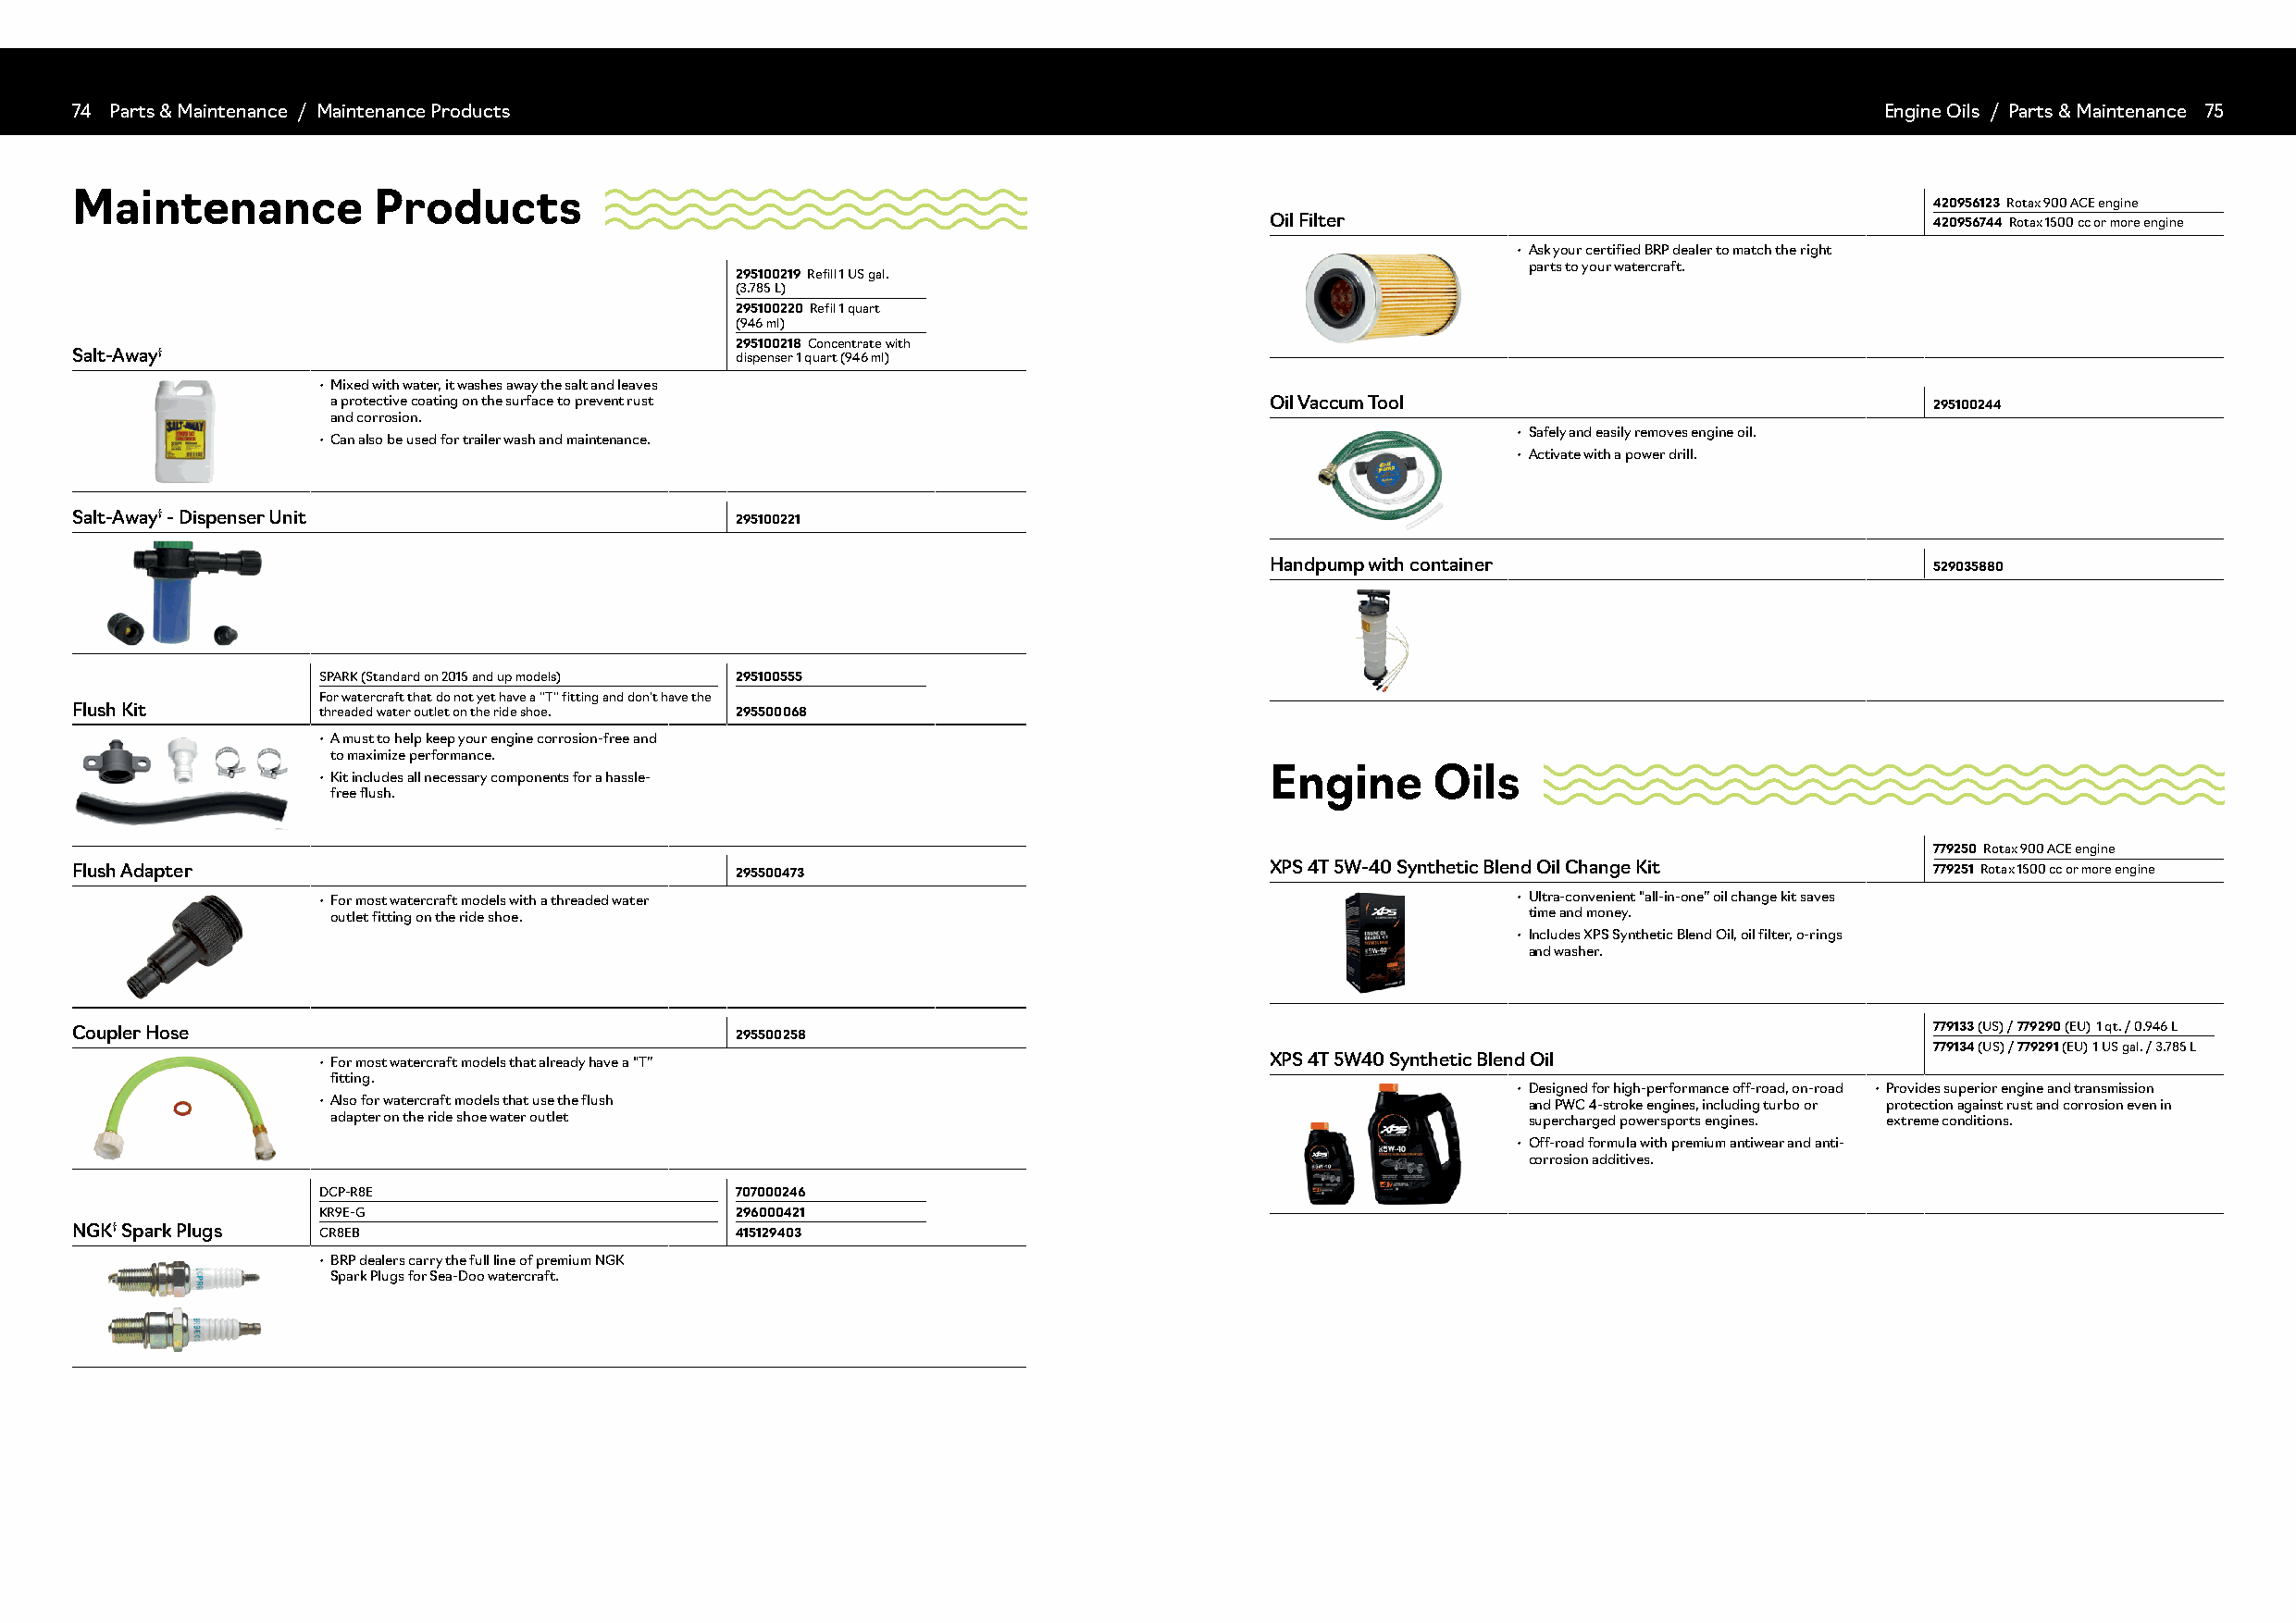
7744 PPaarrttss && MMaaiinntteennaannccee // CMaatiengteonraynce Products                                                         EnCgainteeg Ooirlys // PPaarrttss && MMaaiinntteennaannccee 7755
 Maintenance           Products
 420956123 Rotax 900 ACE engine
 Oil Filter                                     420956744 Rotax 1500 cc or more engine
 • Ask your certified BRP dealer to match the right
 parts to your watercraft.
 295100219 Refill 1 US gal.
 (3.785 L)
 295100220 Refil 1 quart
 (946 ml)
 295100218 Concentrate with
 Salt-Away†                                      dispenser 1 quart (946 ml)
 • Mixed with water, it washes away the salt and leaves
 a protective coating on the surface to prevent rust                Oil Vaccum Tool                                295100244
 and corrosion.
 • Safely and easily removes engine oil.
 • Can also be used for trailer wash and maintenance.
 • Activate with a power drill.
 Salt-Away† - Dispenser Unit                     295100221
 Handpump with container                        529035880
 SPARK (Standard on 2015 and up models) 295100555
 For watercraft that do not yet have a ''T'' fitting and don't have the
 Flush Kit         threaded water outlet on the ride shoe. 295500068
 • A must to help keep your engine corrosion-free and
 to maximize performance.
 Engine     Oils
 • Kit includes all necessary components for a hassle-
 free flush.
 779250 Rotax 900 ACE engine
 Flush Adapter                                   295500473                             XPS 4T 5W-40 Synthetic Blend Oil Change Kit    779251 Rotax 1500 cc or more engine
 • For most watercraft models with a threaded water                                   • Ultra-convenient “all-in-one” oil change kit saves
 outlet fitting on the ride shoe.                                                     time and money.
 • Includes XPS Synthetic Blend Oil, oil filter, o-rings
 and washer.
 Coupler Hose                                    295500258                                                                            779133 (US) / 779290 (EU) 1 qt. / 0.946 L
 779134 (US) / 779291 (EU) 1 US gal. / 3.785 L
 • For most watercraft models that already have a “T”                XPS 4T 5W40 Synthetic Blend Oil
 fitting.
 • Designed for high-performance off-road, on-road • Provides superior engine and transmission
 • Also for watercraft models that use the flush                                       and PWC 4-stroke engines, including turbo or protection against rust and corrosion even in
 adapter on the ride shoe water outlet                                                supercharged powersports engines. extreme conditions.
 • Off-road formula with premium antiwear and anti-
 corrosion additives.
 DCP-R8E                       707000246
 KR9E-G                        296000421
 NGK† Spark Plugs  CR8EB                         415129403
 • BRP dealers carry the full line of premium NGK
 Spark Plugs for Sea-Doo watercraft.